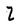
Character: Z